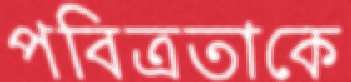
পবিত্রতাকে